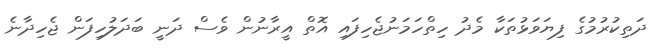
ދަތިކުރުމުގެ ފިޔަވަޅުތަކާ މެދު ހިތްހަމަނުޖެހިފައި އޮތް އީރާނުން ވެސް ދަނީ ބަދަލުހިފަން ޖެހިދާނެ